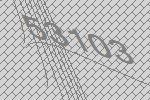
53103